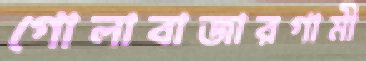
গোলাবাজারগামী